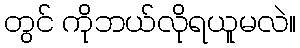
တွင် ကိုဘယ်လိုရယူမလဲ။